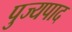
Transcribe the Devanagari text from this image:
पुज्यपाद